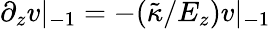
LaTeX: \partial_{z}v|_{-1}=-(\tilde{\kappa}/E_{z})v|_{-1}